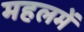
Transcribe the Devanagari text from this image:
महलमें